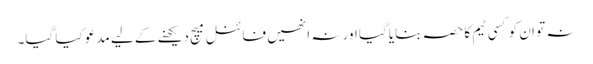
نہ تو ان کو کسی ٹیم کا حصہ بنایا گیا اور نہ انھیں فائنل میچ دیکھنے کے لیے مدعو کیا گیا۔